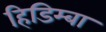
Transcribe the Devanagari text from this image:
हिडिम्‍बा